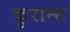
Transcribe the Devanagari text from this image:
कुरान्स